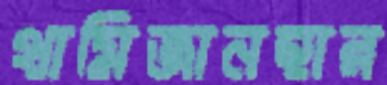
থামিজানহার